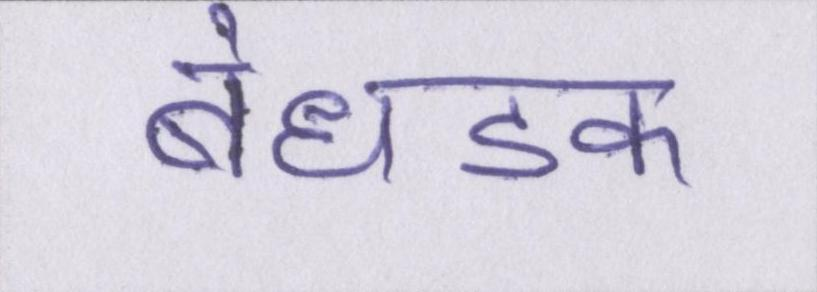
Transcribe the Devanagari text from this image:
बेधडक